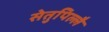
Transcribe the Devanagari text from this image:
सेतुपिल्लै